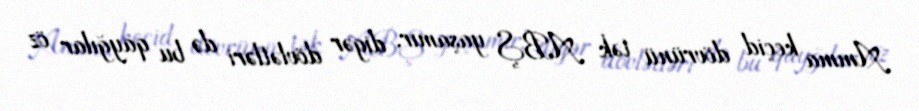
Amma keçid dövrünü tək ABŞ yaşamır, digər dövlətləri də bu qayğılar öz